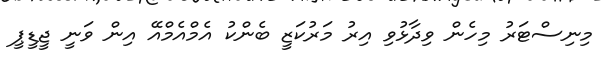
މިނިސްޓަރު މިހެން ވިދާޅުވި އިރު މަރުކަޒީ ބެންކު އެމްއެމްއޭ އިން ވަނީ ޖީޑީޕީ